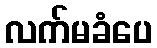
လက်မခံပေ